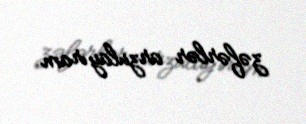
zəfərlər arzulayıram.